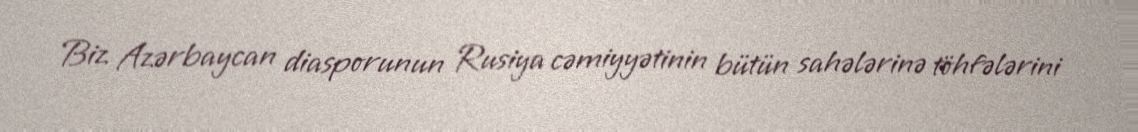
Biz Azərbaycan diasporunun Rusiya cəmiyyətinin bütün sahələrinə töhfələrini